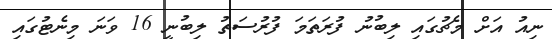
ނިއު އަށް މެޗުގައި ލިބުނު ފުރަތަމަ ފުރުސަތު ލިބުނީ 16 ވަނަ މިނެޓުގައި